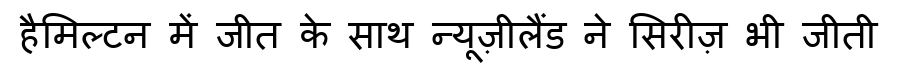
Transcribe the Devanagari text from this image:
हैमिल्टन में जीत के साथ न्यूज़ीलैंड ने सिरीज़ भी जीती